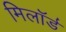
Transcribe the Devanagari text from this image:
मिलॉर्ड